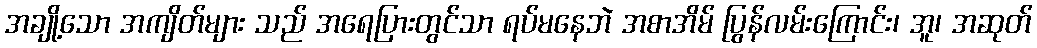
အချို့သော အကျိတ်များ သည် အရေပြားတွင်သာ ရပ်မနေဘဲ အစာအိမ် ပြွန်လမ်းကြောင်း၊ အူ၊ အဆုတ်